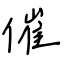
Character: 催